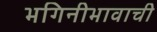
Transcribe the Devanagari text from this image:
भगिनीभावाची